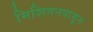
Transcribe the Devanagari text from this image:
मिशिगनपासून